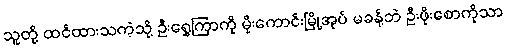
သူတို့ ထင်ထားသကဲ့သို့ ဦးရွှေကြာကို မိုးကောင်းမြို့အုပ် မခန့်ဘဲ ဦးဖိုးစောကိုသာ